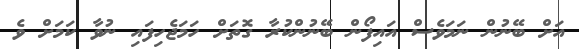
އަށް ބޭނުން ނަމަވެސް އައިފޯން ބޭނުންކުރާ ގޮތަށް ހަމަޖެހިފައި ނުވާ ކަމަށް ވެ